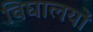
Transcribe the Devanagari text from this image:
विघालयों